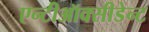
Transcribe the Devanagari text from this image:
एन्टीऑक्सीडेन्ट